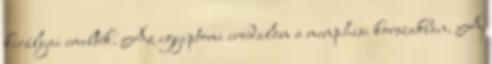
királyai emelték. Az egyiptomi irodalom a memphisi korszakban. A